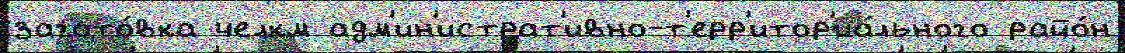
загото́вка челкм адм'ин'истрат'ивно-т'ерр'итор'иа́льного райо́н